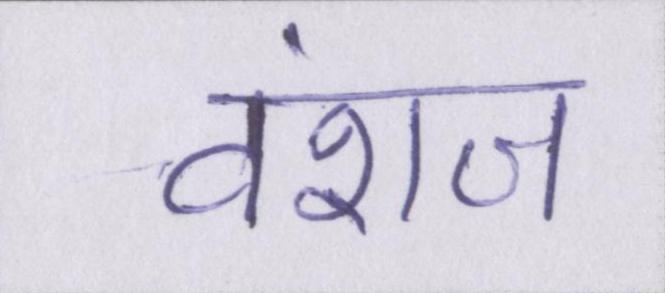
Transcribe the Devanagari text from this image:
वंशज